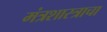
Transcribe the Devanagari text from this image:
मंत्रशास्त्राचा